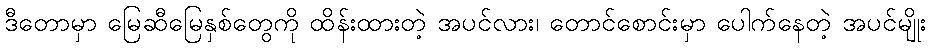
ဒီတောမှာ မြေဆီမြေနှစ်တွေကို ထိန်းထားတဲ့ အပင်လား၊ တောင်စောင်းမှာ ပေါက်နေတဲ့ အပင်မျိုး